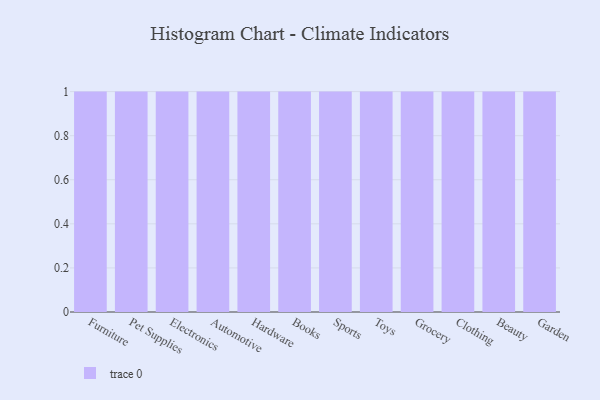
{"axis": {"x": "Category", "y": "Gross Profit (USD K)"}, "legend": [""], "data": [{"x": "Furniture", "y": 69, "type": ""}, {"x": "Pet Supplies", "y": 85, "type": ""}, {"x": "Electronics", "y": 94, "type": ""}, {"x": "Automotive", "y": 5, "type": ""}, {"x": "Hardware", "y": 48, "type": ""}, {"x": "Books", "y": 42, "type": ""}, {"x": "Sports", "y": 96, "type": ""}, {"x": "Toys", "y": 83, "type": ""}, {"x": "Grocery", "y": 77, "type": ""}, {"x": "Clothing", "y": 25, "type": ""}, {"x": "Beauty", "y": 33, "type": ""}, {"x": "Garden", "y": 31, "type": ""}]}